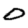
Digit: 0